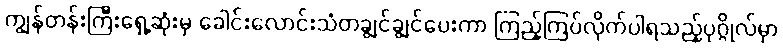
ကျွန်တန်းကြီးရှေ့ဆုံးမှ ခေါင်းလောင်းသံတချွင်ချွင်ပေးကာ ကြည့်ကြပ်လိုက်ပါရသည့်ပုဂ္ဂိုလ်မှာ